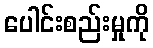
ပေါင်းစည်းမှုကို